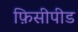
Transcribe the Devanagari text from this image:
फ़िसीपीड